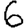
Digit: 6